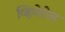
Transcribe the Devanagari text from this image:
व्हिवेरोस